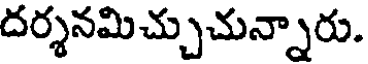
దర్శనమిచ్చుచున్నారు.